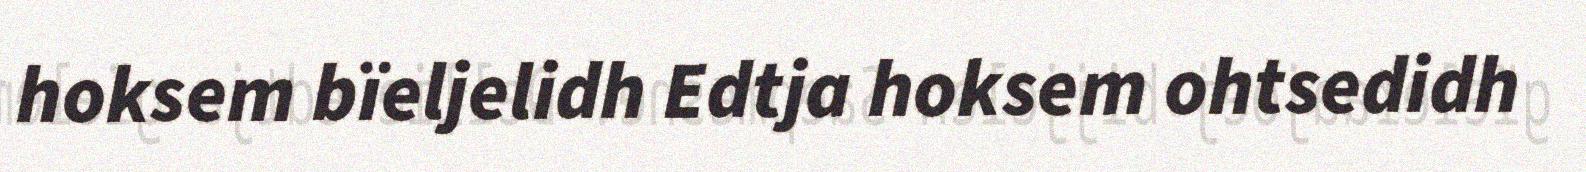
hoksem bïeljelidh Edtja hoksem ohtsedidh